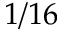
1 / 1 6